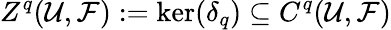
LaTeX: Z^{q}({\mathcal{U}},{\mathcal{F}}):=\ker(\delta_{q})\subseteq C^{q}({\mathcal{U}},{\mathcal{F}})